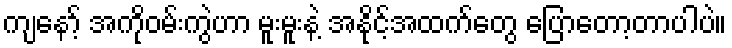
ကျနော့် အကိုဝမ်းကွဲဟာ မူးမူးနဲ့ အနိုင့်အထက်တွေ ပြောတော့တာပါပဲ။